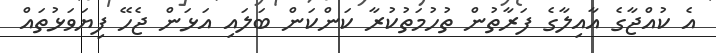
އެ ކުއްޖާގެ އާއިލާގެ ފަރާތުން ތުހުމަތުކުރާ ކަންކަން ބަލައި އަޅަން ޖެހޭ ފިޔަވަޅުތައް